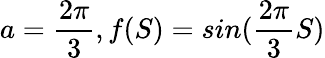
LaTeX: a=\frac{2\pi}{3},f(S)=sin(\frac{2\pi}{3}S)